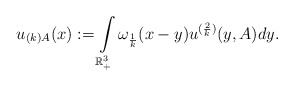
\begin{align*} u_{(k)A}(x):= \int\limits_{\mathbb{R}^{3}_{+}}\omega_{\frac{1}{k}}(x-y)u^{(\frac{2}{k})}(y,A)dy. \end{align*}